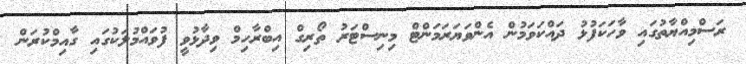
ރަސްމިއްޔާތުގައި ވާހަކަފުޅު ދައްކަވަމުން އެންވަޔަރަމަންޓް މިނިސްޓަރު ތޯރިގް އިބްރާހިމް ވިދާޅުވީ ފުވައްމުލަކުގައި ގާއިމްކުރަން